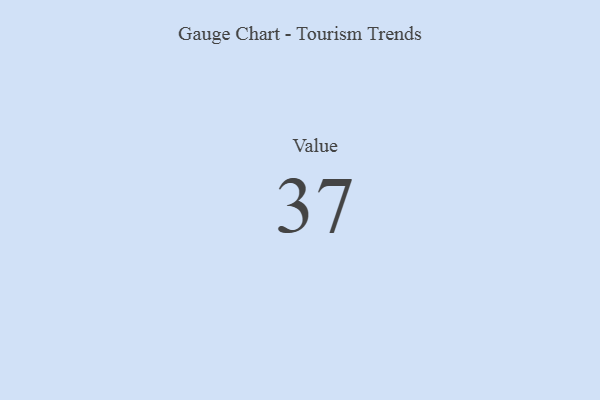
{"axis": {"x": "Metric", "y": "Value"}, "legend": [""], "data": [{"x": "Value", "y": 37, "type": ""}]}